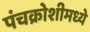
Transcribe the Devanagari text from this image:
पंचक्रोशीमध्ये